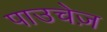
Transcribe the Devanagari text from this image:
पाउचेज़